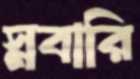
স্নবারি